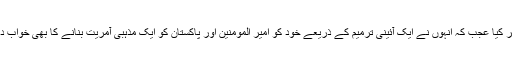
تو پھر کیا عجب کہ انہوں نے ایک آئینی ترمیم کے ذریعے خود کو امیر المومنین اور پاکستان کو ایک مذہبی آمریت بنانے کا بھی خواب دیکھا۔